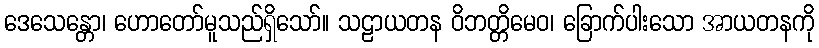
ဒေသေန္တော၊ ဟောတော်မူသည်ရှိသော်။ သဠာယတန ဝိဘတ္တိမေဝ၊ ခြောက်ပါးသော အာယတနကို